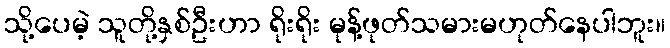
သို့ပေမဲ့ သူတို့နှစ်ဦးဟာ ရိုးရိုး မုန့်ဖုတ်သမားမဟုတ်နေပါဘူး။